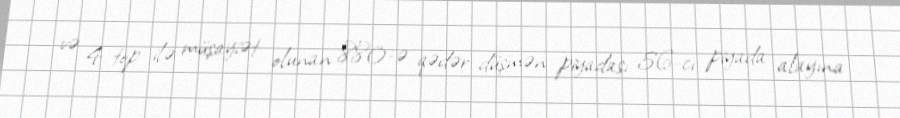
və 4 top ilə müşayiət olunan 880-ə qədər düşmən piyadası 56-cı piyada alayına